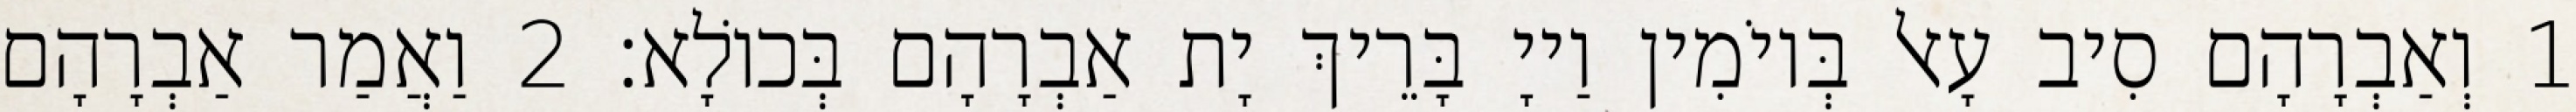
1 וְאַבְרָהָם סִיב עָאל בְּיוֹמִין וַייָ בָּרֵיךְ יָת אַבְרָהָם בְּכוֹלָא׃ 2 וַאֲמַר אַבְרָהָם